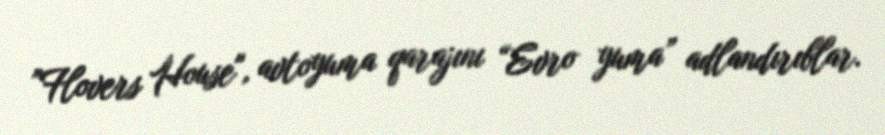
”Flovers House", avtoyuma qarajını “Evro yuma” adlandırıblar.